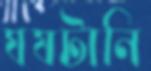
ঘষটানি